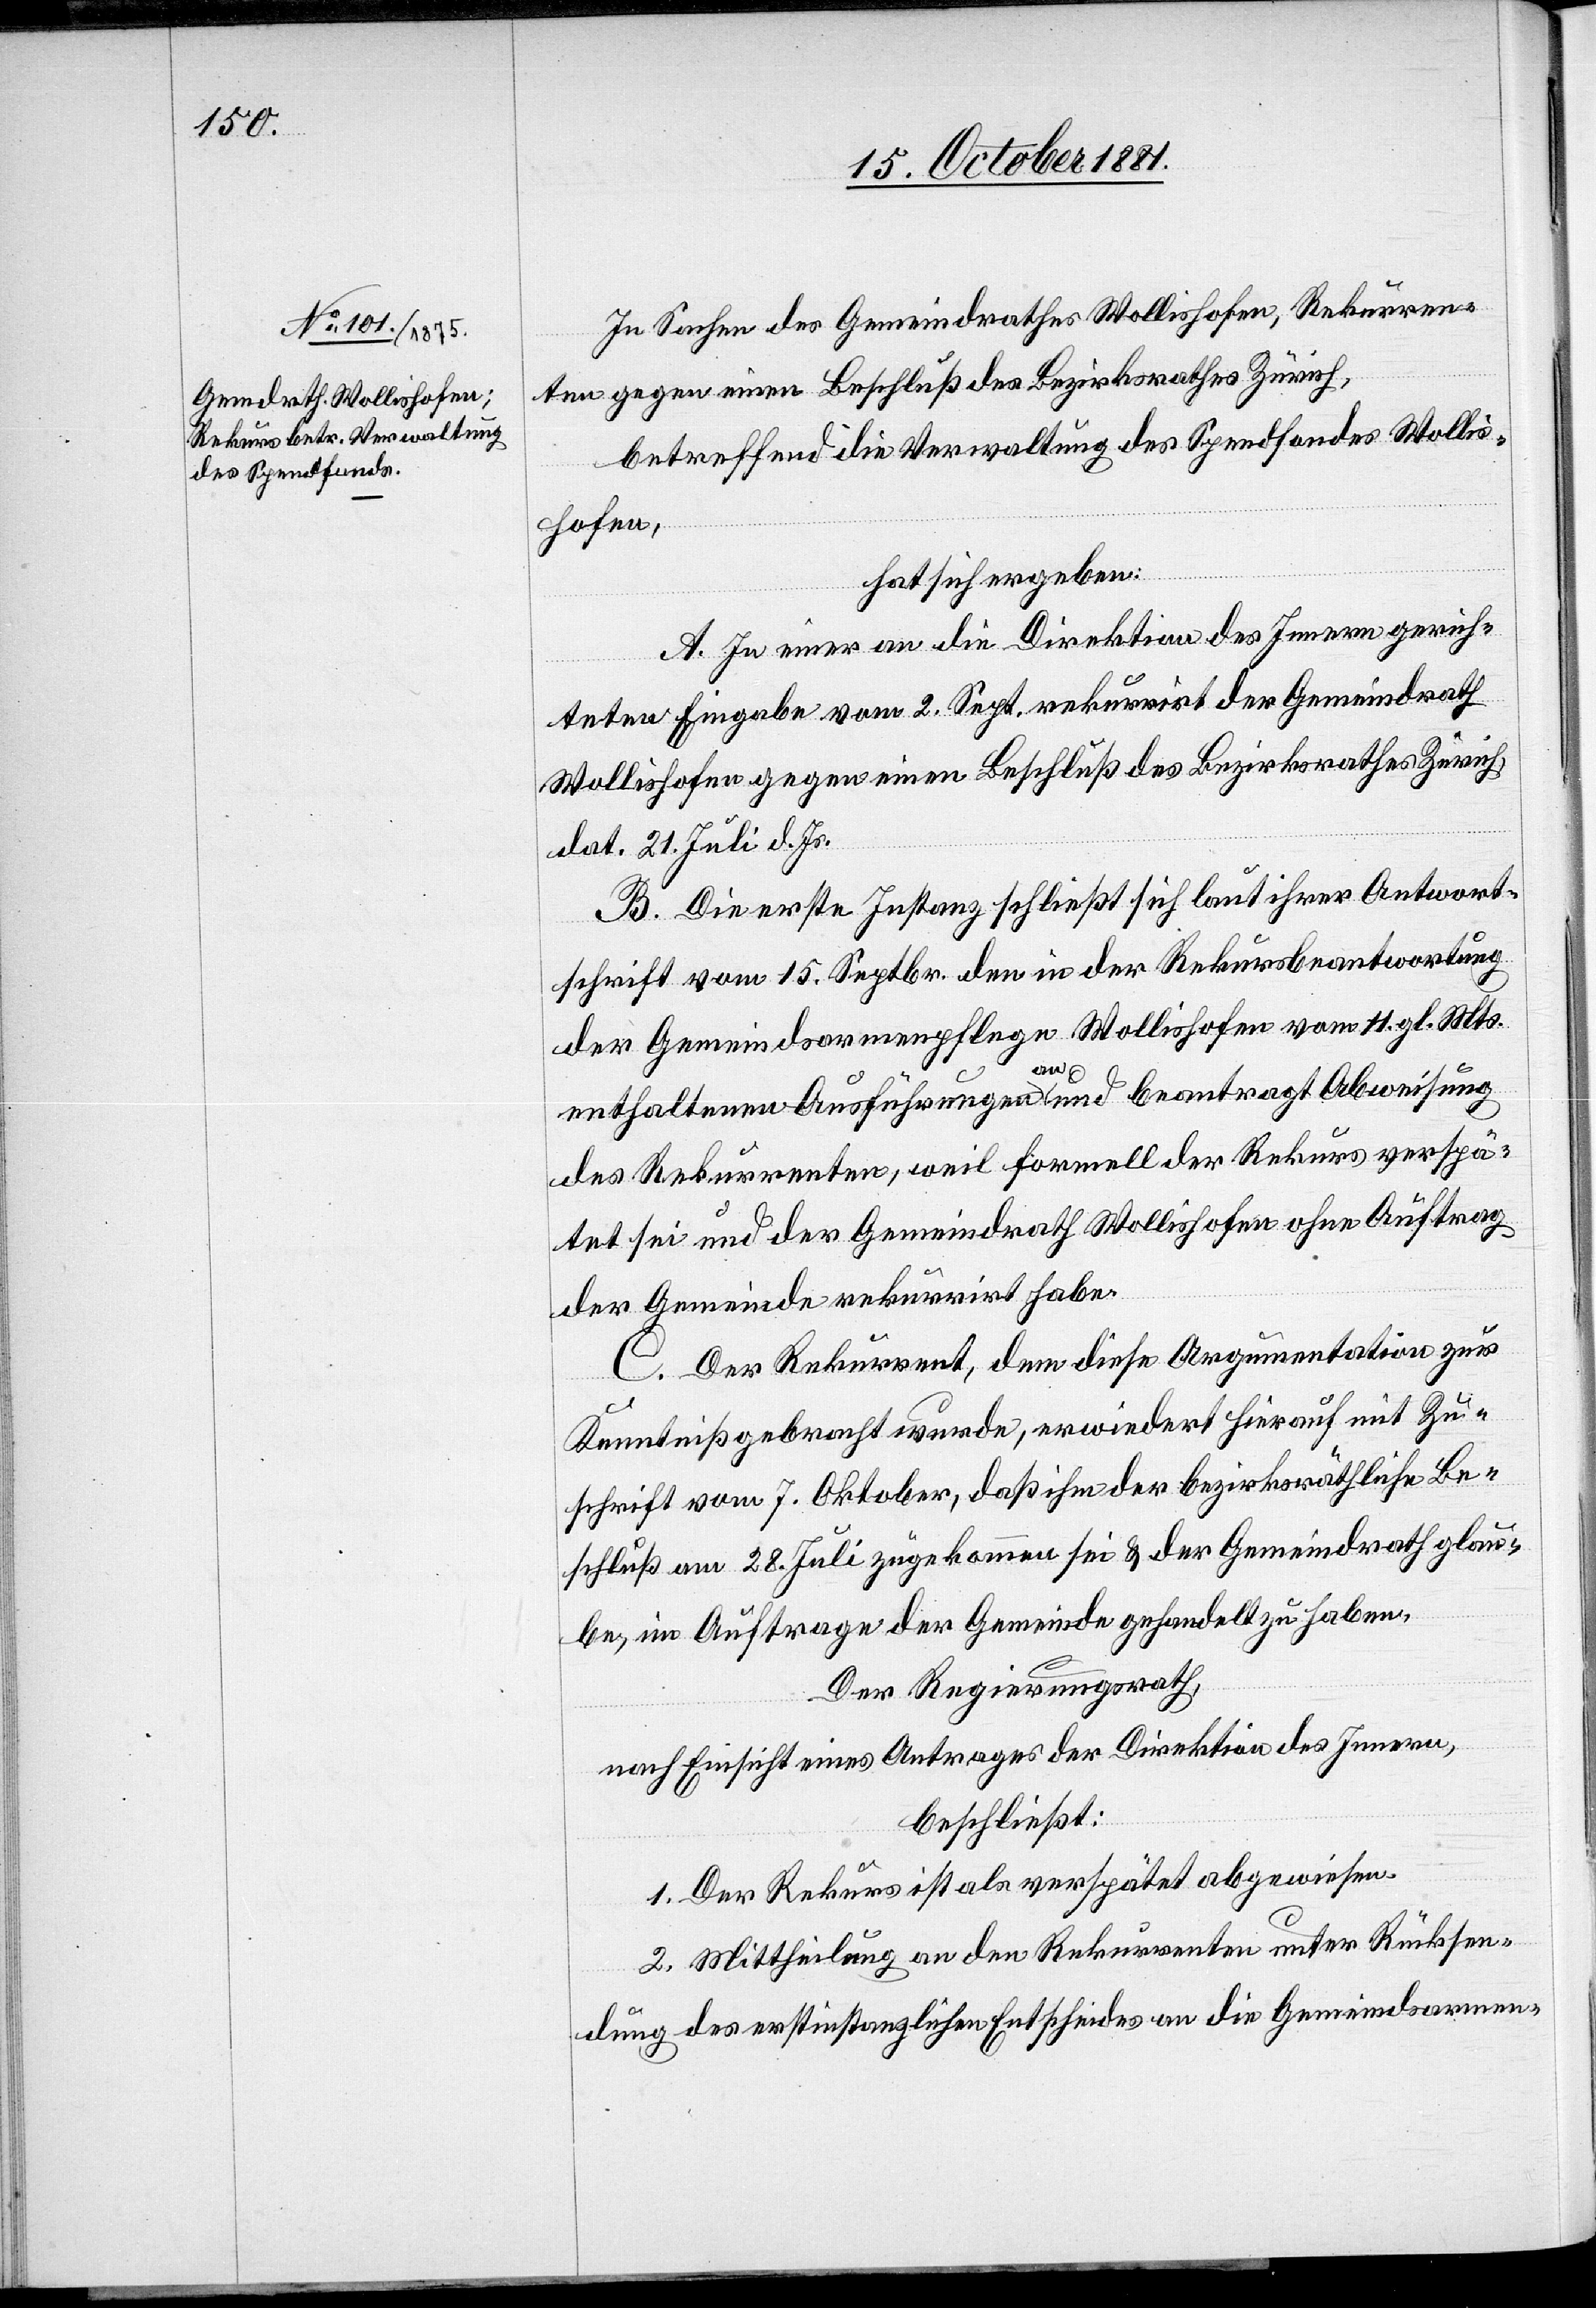
In Sachen des Gemeindrathes Wollishofen, Rekurren¬
ten gegen einen Beschluß des Bezirksrathes Zürich,
betreffend die Verwaltung des Spendfondes Wollis¬
hofen,
hat sich ergeben:
A. In einer an die Direktion des Innern gerich¬
teten Eingabe vom 2. Sept. rekurrirt der Gemeindrath
Wollishofen gegen einen Beschluß des Bezirksrathes Zürich,
dat. 21. Juli d. Js.
B. Die erste Instanz schließt sich laut ihrer Antwort¬
schrift vom 15. Septbr. den in der Rekursbeantwortung
der Gemeindsarmenpflege Wollishofen vom 11. gl. Mts.
enthaltenen Ausführungen an und beantragt Abweisung
des Rekurrenten, weil formell der Rekurs verspä¬
tet sei und der Gemeindrath Wollishofen ohne Auftrag
der Gemeinde rekurrirt habe.
C. Der Rekurrent, dem diese Argumentation zur
Kenntniß gebracht wurde, erwiedert hierauf mit Zu¬
schrift vom 7. Oktober, daß ihm der bezirksräthliche Be¬
schluß vom 28. Juli zugekommen sei & der Gemeindrath glau¬
be, im Auftrage der Gemeinde gehandelt zu haben.
Der Regierungsrath,
nach Einsicht eines Antrages der Direktion des Innern,
beschließt:
1. Der Rekurs ist als verspätet abgewiesen.
2. Mittheilung an den Rekurrenten unter Rücksen¬
dung des erstinstanzlichen Entscheides an die Gemeindsarmen-